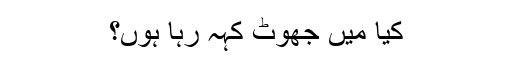
کیا میں جھوٹ کہہ رہا ہوں؟